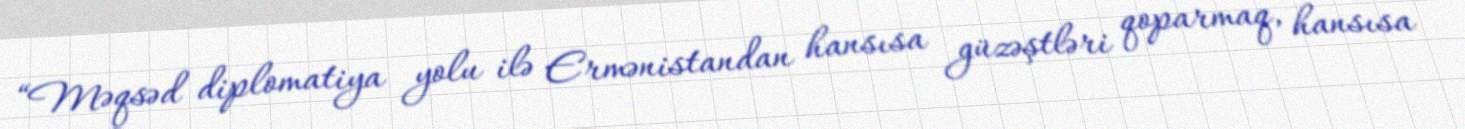
“Məqsəd diplomatiya yolu ilə Ermənistandan hansısa güzəştləri qoparmaq, hansısa